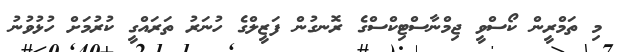
މި ތަމްރީން ކޯސްވީ ޖިމްނާސްޓިކްސްގެ ރޮނގުން ފަޒީލްގެ ހުނަރު ތަރައްގީ ކުރުމަށް ހުޅުވުނު